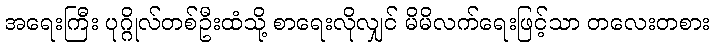
အရေးကြီး ပုဂ္ဂိုလ်တစ်ဦးထံသို့ စာရေးလိုလျှင် မိမိလက်ရေးဖြင့်သာ တလေးတစား